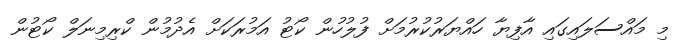
މި މައްސަލައިގައި އާފިޔާ ހައްޔަރުކުރުމަށް ފުލުހުން ކޯޓު އަމުރަކަށް އެދުމުން ކްރިމިނަލް ކޯޓުން